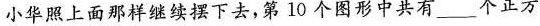
小华照上面那样继续摆下去，第 10 个图形中共有 ___ 个正方